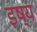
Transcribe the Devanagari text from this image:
इष्य